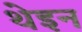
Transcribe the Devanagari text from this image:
थेइन